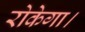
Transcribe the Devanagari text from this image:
रोकेगा।